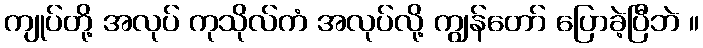
ကျုပ်တို့ အလုပ် ကုသိုလ်ကံ အလုပ်လို့ ကျွန်တော် ပြောခဲ့ပြီဘဲ ။